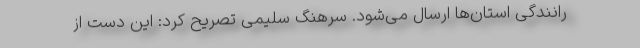
رانندگی استان‌ها ارسال می‌شود. سرهنگ سلیمی تصریح کرد: این دست از